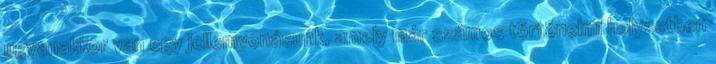
ugyanakkor van egy jellemvonásunk, amely már számos történelmi helyzetben